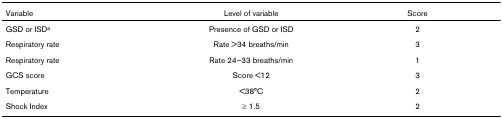
| Variable | Level of variable | Score |
 | --- | --- | --- |
 | GSD or ISDa | Presence of GSD or ISD | 2 |
 | Respiratory rate | Rate >34 breaths/min | 3 |
 | Respiratory rate | Rate 24–33 breaths/min | 1 |
 | GCS score | Score <12 | 3 |
 | Temperature | <38°C | 2 |
 | Shock Index | ≥ 1.5 | 2 |